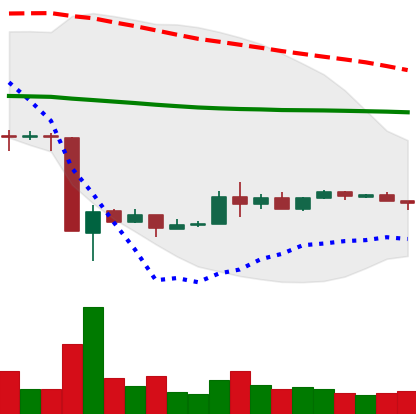
Ticker: EOS-USD
Chart end date: 2020-03-28
Forward return: 4.134%
Label: up_3_5